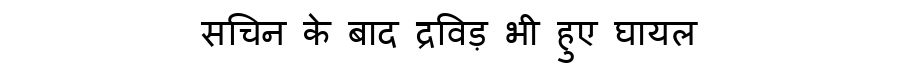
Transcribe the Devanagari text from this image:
सचिन के बाद द्रविड़ भी हुए घायल